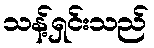
သန့်ရှင်းသည်